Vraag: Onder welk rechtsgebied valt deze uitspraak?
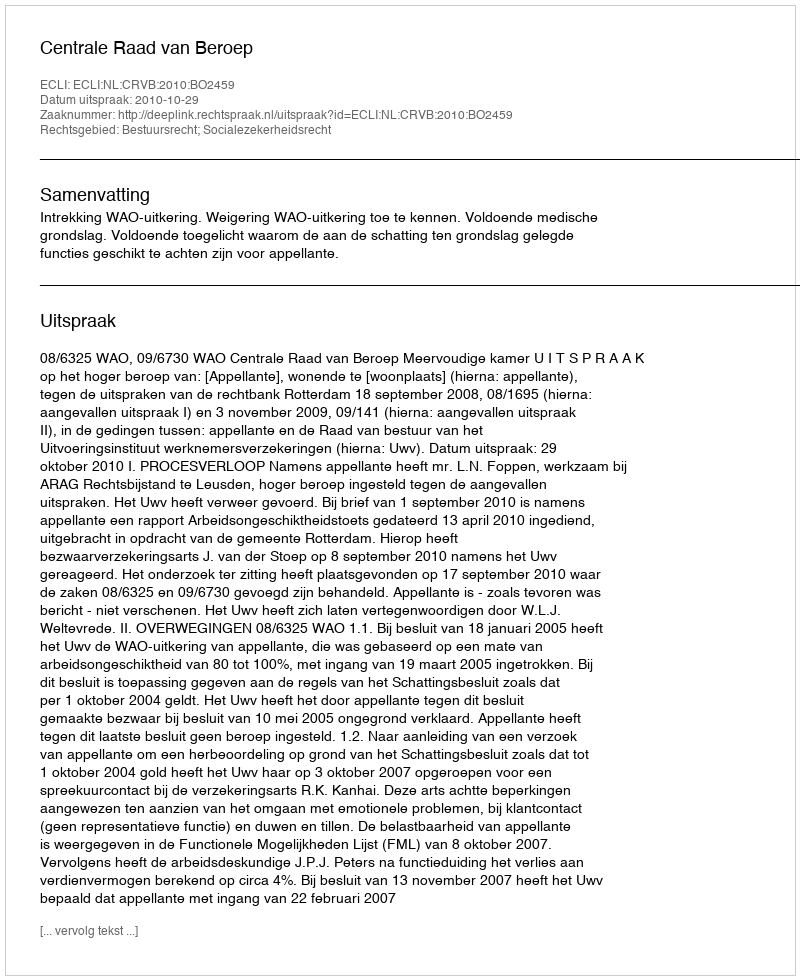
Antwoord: Bestuursrecht; Socialezekerheidsrecht